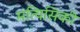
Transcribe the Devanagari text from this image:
मत्यिसिकी